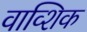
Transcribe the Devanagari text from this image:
वाव्शिक